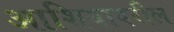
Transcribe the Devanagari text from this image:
आशियावरील